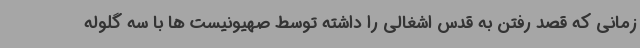
زمانی که قصد رفتن به قدس اشغالی را داشته توسط صهیونیست ها با سه گلوله